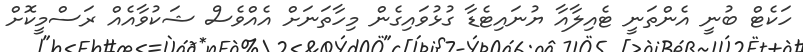
ހަކެޓް ބުނީ އެންތަނީ ޓެއިލާއާ ޔުނައިޓެޑާ ގުޅުވަައިގެން މިހާތަނަށް އެއްވެސް ޝަކުވާއެއް ރަސްމީކޮށް